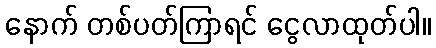
နောက် တစ်ပတ်ကြာရင် ငွေလာထုတ်ပါ။